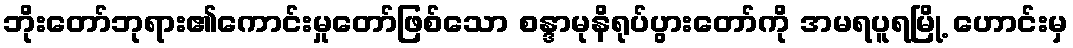
ဘိုးတော်ဘုရား၏ကောင်းမှုတော်ဖြစ်သော စန္ဒာမုနိရုပ်ပွားတော်ကို အမရပူရမြို့ ဟောင်းမှ